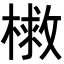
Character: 𭫣